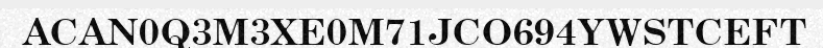
ACAN0Q3M3XE0M71JCO694YWSTCEFT